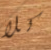
كلا